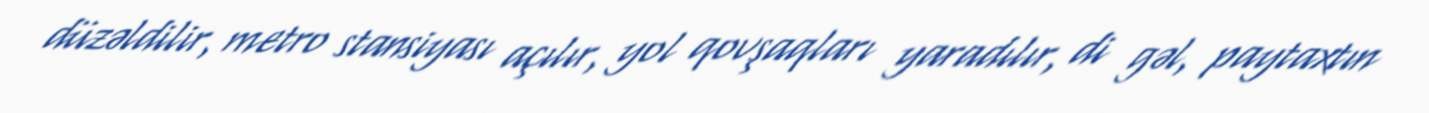
düzəldilir, metro stansiyası açılır, yol qovşaqları yaradılır, di gəl, paytaxtın